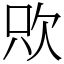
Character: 㰨